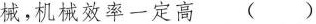
械，机械效率一定高 ( )